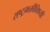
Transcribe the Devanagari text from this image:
राष्ट्रभक्तीविषयी